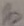
Text: b